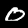
Label: 0